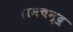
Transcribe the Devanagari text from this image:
रामचन्द॒